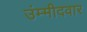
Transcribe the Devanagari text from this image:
उंम्मीदवार